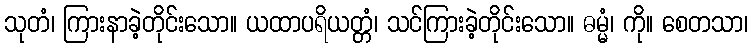
သုတံ၊ ကြားနာခဲ့တိုင်းသော။ ယထာပရိယတ္တံ၊ သင်ကြားခဲ့တိုင်းသော။ ဓမ္မံ၊ ကို။ စေတသာ၊